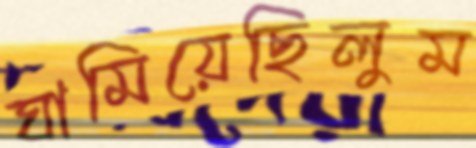
ঘামিয়েছিলুম